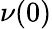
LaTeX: \nu(0)